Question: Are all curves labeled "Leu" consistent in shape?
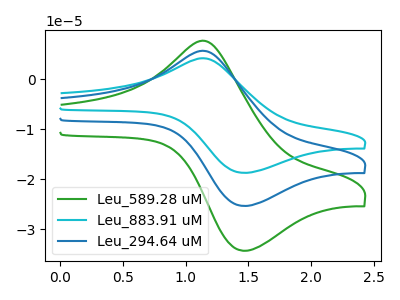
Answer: <think>The green curve "Leu_589.28 uM" has an anodic peak at (1.15V, 7.60uA) and a cathodic peak at (1.45V, -34.30uA). The cyan curve "Leu_883.91 uM" has an anodic peak at (1.15V, 11.20uA) and a cathodic peak at (1.45V, -50.65uA). The blue curve "Leu_294.64 uM" has an anodic peak at (1.15V, 5.60uA) and a cathodic peak at (1.45V, -25.35uA).
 All the peaks in "Leu_589.28 uM" have a peak in "Leu_883.91 uM" at the same potential. Every peak in "Leu_589.28 uM" is lower than every peak in "Leu_883.91 uM". All the peaks in "Leu_589.28 uM" have a peak in "Leu_294.64 uM" at the same potential. Every peak in "Leu_589.28 uM" is higher than every peak in "Leu_294.64 uM". All the peaks in "Leu_883.91 uM" have a peak in "Leu_294.64 uM" at the same potential. Every peak in "Leu_883.91 uM" is higher than every peak in "Leu_294.64 uM".</think>
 <answer>All the CV's of "Leu" have similar shape.</answer>
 <eval>follow_rule</eval>